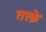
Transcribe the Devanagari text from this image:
तरक़े